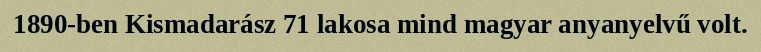
1890-ben Kismadarász 71 lakosa mind magyar anyanyelvű volt.